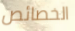
الخصائص